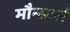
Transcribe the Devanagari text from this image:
मौन्स्टर्स